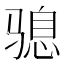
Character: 𮹍